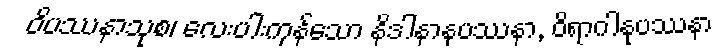
ဝိပဿနာသုစ၊ လေးပါးကုန်သော နိဒါနာနုပဿနာ, ဝိရာဂါနုပဿနာ